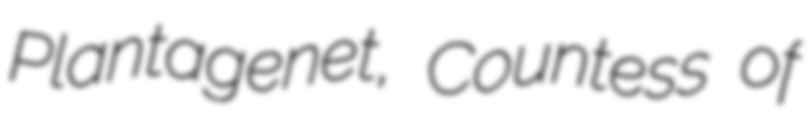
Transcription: Plantagenet, Countess of